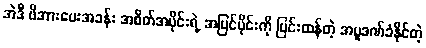
အဲဒီ ဖိအားပေးအခန်း အစိတ်အပိုင်းရဲ့ အပြင်ပိုင်းကို ပြင်းထန်တဲ့ အပူဒဏ်ခံနိုင်တဲ့